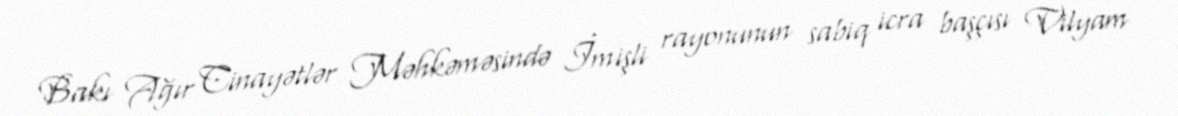
Bakı Ağır Cinayətlər Məhkəməsində İmişli rayonunun sabiq icra başçısı Vilyam